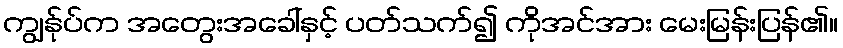
ကျွန်ုပ်က အတွေးအခေါ်နှင့် ပတ်သက်၍ ကိုအင်အား မေးမြန်းပြန်၏။